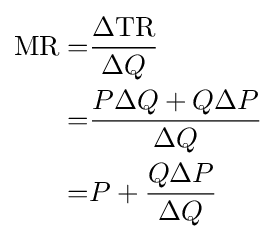
{\begin{aligned}{\text{MR}}=&{\frac {\Delta {\text{TR}}}{\Delta Q}}\\=&{\frac {P\Delta Q+Q\Delta P}{\Delta Q}}\\=&P+{\frac {Q\Delta P}{\Delta Q}}\\\end{aligned}}